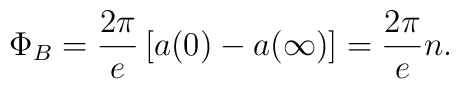
\Phi _B=\frac{2\pi }e\left[ a(0)-a(\infty )\right] =\frac{2\pi }en.